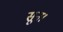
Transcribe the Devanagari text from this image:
सून।